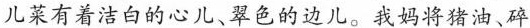
儿菜有着洁白的心儿、翠色的边儿。我妈将猪油、碎